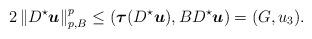
LaTeX: \begin{align*}2\left\|D^\star{ \boldsymbol u}\right\|_{p,B}^p \leq \left({\boldsymbol\tau}(D^\star{ \boldsymbol u}),B D^\star{ \boldsymbol u}\right)=(G,u_3).\end{align*}